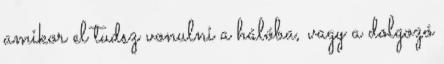
amikor el tudsz vonulni a hálóba, vagy a dolgozó